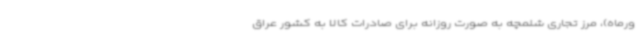
ورماه)، مرز تجاری شلمچه به صورت روزانه برای صادرات کالا به کشور عراق